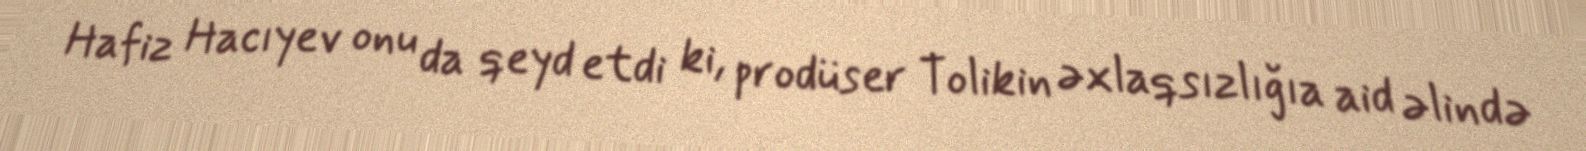
Hafiz Hacıyev onu da qeyd etdi ki, prodüser Tolikin əxlaqsızlığıa aid əlində